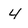
Character: 4